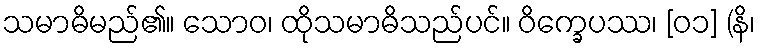
သမာဓိမည်၏။ သောဝ၊ ထိုသမာဓိသည်ပင်။ ဝိက္ခေပဿ၊ [၀၁] (နိ၊